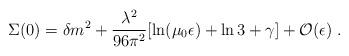
LaTeX: \begin{align*}\Sigma(0) = \delta m^2 + \frac {\lambda^2} {96 \pi^2} [ \ln (\mu_0 \epsilon)+\ln 3 + \gamma] + {\cal O}(\epsilon) \; .\end{align*}